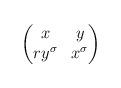
LaTeX: \begin{align*}\begin{pmatrix}x & y \\ry^{\sigma} & x^{\sigma}\end{pmatrix}\end{align*}